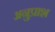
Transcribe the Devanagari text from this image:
अनुप्राश